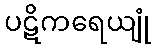
ပဋိကရေယျုံ